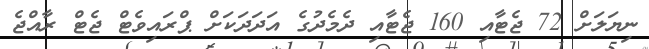
ނިޔަލަށް 72 ޖެޓާއި 160 ޖެޓާއި ދެމެދުގެ އަދަދަކަށް ޕްރައިވެޓް ޖެޓް ރާއްޖެ